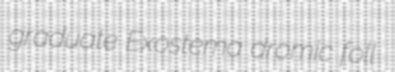
graduate Exostema dromic foll